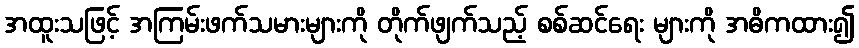
အထူးသဖြင့် အကြမ်းဖက်သမားများကို တိုက်ဖျက်သည့် စစ်ဆင်ရေး များကို အဓိကထား၍